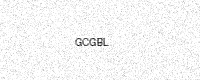
Text: GCGBL